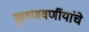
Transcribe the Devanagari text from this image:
कृष्णवर्णीयांचे